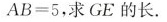
$$A B = 5$$，求GE的长。